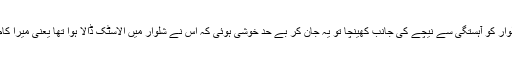
میں نے اس کی شلوار کو آہستگی سے نیچے کی جانب کھینچا تو یہ جان کر بے حد خوشی ہوئی کہ اس نے شلوار میں الاسٹک ڈالا ہوا تھا یعنی میرا کام مزید آسان ہو گیا۔